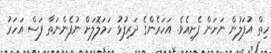
ހިތް އުފަލުން ނަށަން ފެށިއެވެ. އަހަރެންގެ ދަރިފުޅު ހަމަލޮލަށް ނުފެންނަތާ ފަސް އަހަރު